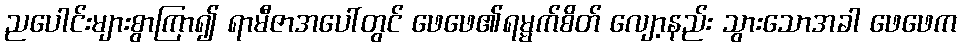
ညပေါင်းများစွာကြာ၍ ရာမီဇာအပေါ်တွင် ဖေဖေ၏ရမ္မက်စိတ် လျော့နည်း သွားသောအခါ ဖေဖေက